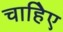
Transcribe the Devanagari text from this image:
चाहिेए